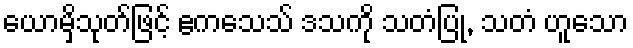
ယောမှိသုတ်ဖြင့် ဧကသေသ် ဒသကို သတံပြု, သတံ ဟူသော